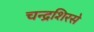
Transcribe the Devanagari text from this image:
चन्द्रशिरसे